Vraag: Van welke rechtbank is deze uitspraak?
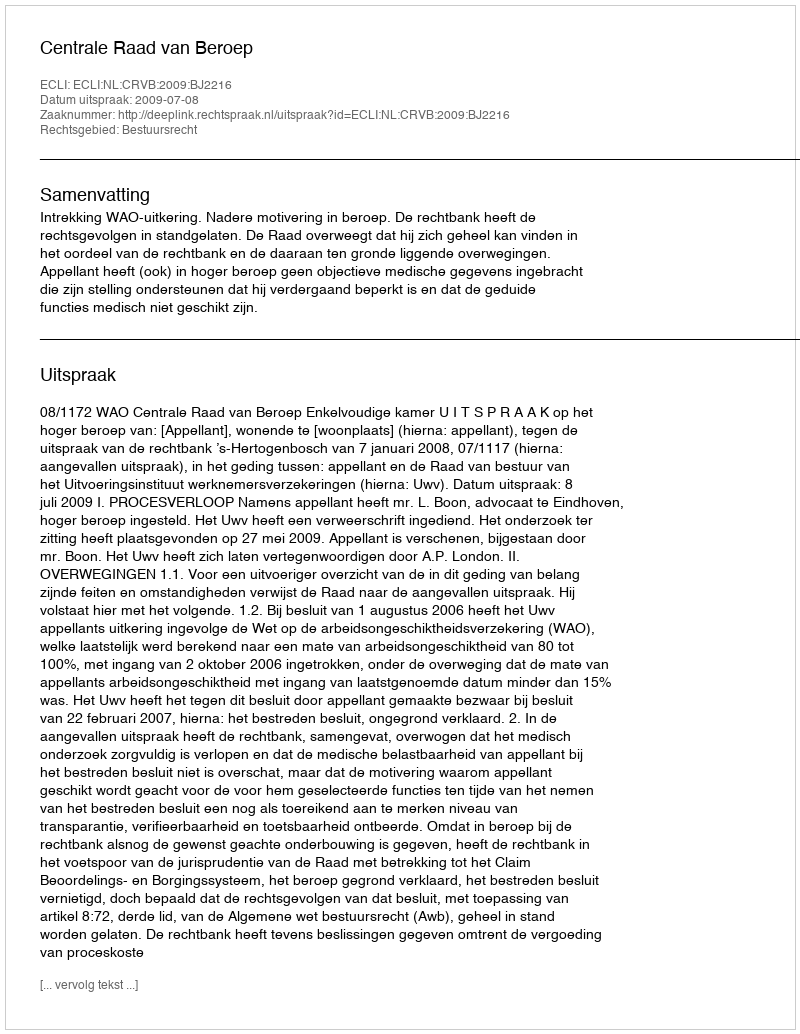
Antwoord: Centrale Raad van Beroep